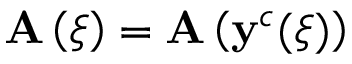
\mathbf { A } \left( \boldsymbol { \xi } \right) = \mathbf { A } \left( \mathbf { y } ^ { c } ( \boldsymbol { \xi } ) \right)